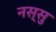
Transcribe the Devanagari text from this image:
नस्सु